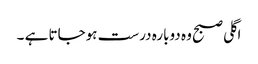
اگلی صبح وہ دوبارہ درست ہوجاتا ہے ۔